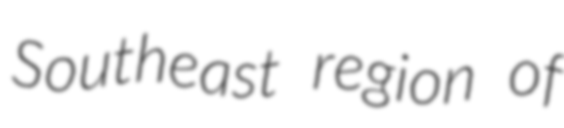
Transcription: Southeast region of